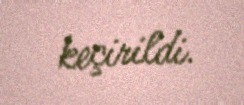
keçirildi.